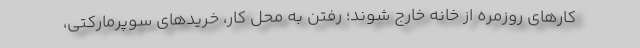
کارهای روزمره از خانه خارج شوند؛ رفتن به محل کار، خریدهای سوپرمارکتی،